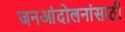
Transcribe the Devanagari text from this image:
जनआंदोलनांसाठी